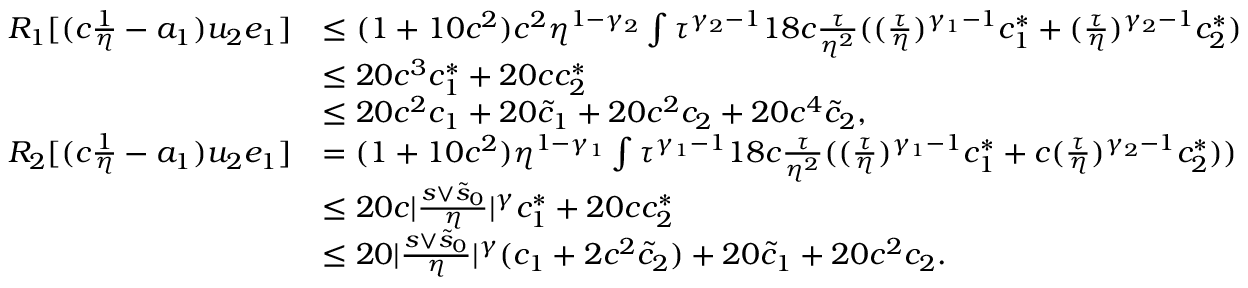
\begin{array} { r l } { R _ { 1 } [ ( c \frac 1 \eta - a _ { 1 } ) u _ { 2 } e _ { 1 } ] } & { \le ( 1 + 1 0 c ^ { 2 } ) c ^ { 2 } \eta ^ { 1 - \gamma _ { 2 } } \int \tau ^ { \gamma _ { 2 } - 1 } 1 8 c \frac \tau { \eta ^ { 2 } } ( ( \frac \tau \eta ) ^ { \gamma _ { 1 } - 1 } c _ { 1 } ^ { \ast } + ( \frac \tau \eta ) ^ { \gamma _ { 2 } - 1 } c _ { 2 } ^ { \ast } ) } \\ & { \le 2 0 c ^ { 3 } c _ { 1 } ^ { \ast } + 2 0 c c _ { 2 } ^ { \ast } } \\ & { \le 2 0 c ^ { 2 } c _ { 1 } + 2 0 \tilde { c } _ { 1 } + 2 0 c ^ { 2 } c _ { 2 } + 2 0 c ^ { 4 } \tilde { c } _ { 2 } , } \\ { R _ { 2 } [ ( c \frac 1 \eta - a _ { 1 } ) u _ { 2 } e _ { 1 } ] } & { = ( 1 + 1 0 c ^ { 2 } ) \eta ^ { 1 - \gamma _ { 1 } } \int \tau ^ { \gamma _ { 1 } - 1 } 1 8 c \frac \tau { \eta ^ { 2 } } ( ( \frac \tau \eta ) ^ { \gamma _ { 1 } - 1 } c _ { 1 } ^ { \ast } + c ( \frac \tau \eta ) ^ { \gamma _ { 2 } - 1 } c _ { 2 } ^ { \ast } ) ) } \\ & { \le 2 0 c \vert \frac { s \vee \tilde { s } _ { 0 } } \eta \vert ^ { \gamma } c _ { 1 } ^ { \ast } + 2 0 c c _ { 2 } ^ { \ast } } \\ & { \le 2 0 \vert \frac { s \vee \tilde { s } _ { 0 } } \eta \vert ^ { \gamma } ( c _ { 1 } + 2 c ^ { 2 } \tilde { c } _ { 2 } ) + 2 0 \tilde { c } _ { 1 } + 2 0 c ^ { 2 } c _ { 2 } . } \end{array}